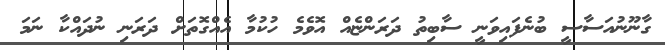
ގާނޫނުއަސާސީ ބުނެފައިވަނީ ސާބިތު ދަރަންޏެއް އޮވެމެ ހުކުމާ އެއްގޮތަށް ދަރަނި ނުދައްކާ ނަމަ